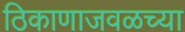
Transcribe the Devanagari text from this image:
ठिकाणाजवळच्या